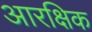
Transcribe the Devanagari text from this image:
आरक्षिक